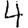
Digit: 4